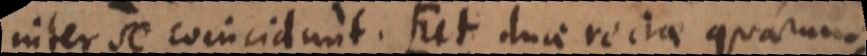
inter se coincidunt (ut duae rectae quarum